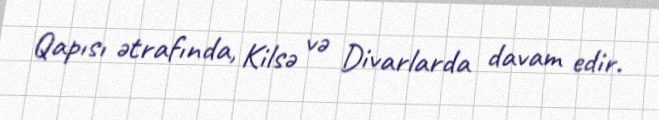
Qapısı ətrafında, Kilsə və Divarlarda davam edir.